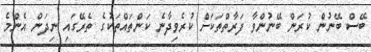
ބޭސް ބޭނުން ކުރަން ބޭނުންވާ ފަރާތްތަކަށް ކުރެވިދާނެ ކަންތައްތަކުގެ ތެރޭގައި ނިދަން އެންމެ